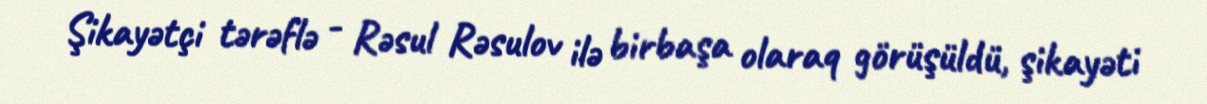
Şikayətçi tərəflə - Rəsul Rəsulov ilə birbaşa olaraq görüşüldü, şikayəti